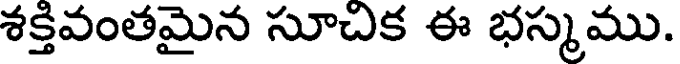
శక్తివంతమైన సూచిక ఈ భస్మము.